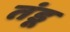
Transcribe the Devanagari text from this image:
तंडू